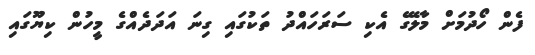
ފެން ހޯދުމަށް މާލޭގެ އެކި ސަރަހައްދު ތަކުގައި ގިނަ އަދަދެއްގެ މީހުން ކިޔޫގައި